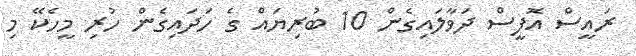
ރައީސް އޮފީސް ދަވާލައިގެން 10 ބުރިޔައް ގެ ހަދައިގެން ހުރި މީހެކޭ މި